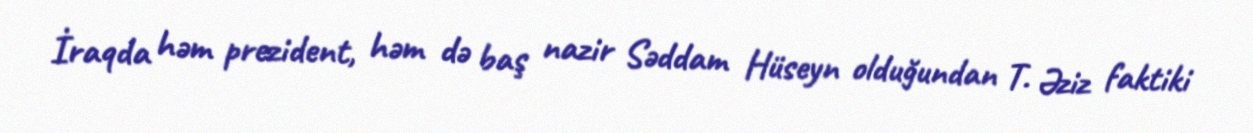
İraqda həm prezident, həm də baş nazir Səddam Hüseyn olduğundan T. Əziz faktiki